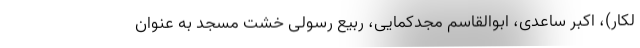
لکار)، اکبر ساعدی، ابوالقاسم مجدکمایی، ربیع رسولی خشت مسجد به عنوان